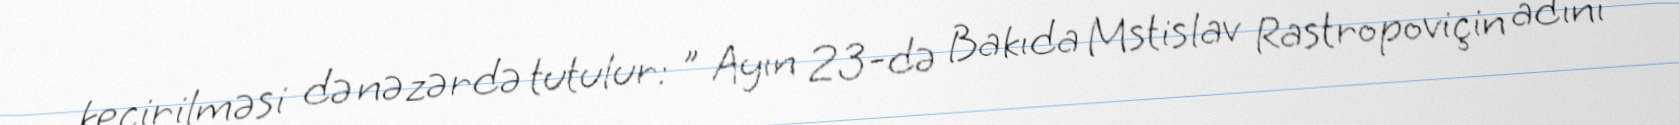
keçirilməsi də nəzərdə tutulur: " Ayın 23-də Bakıda Mstislav Rastropoviçin adını